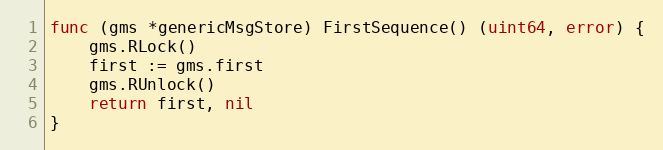
Language: Go
func (gms *genericMsgStore) FirstSequence() (uint64, error) {
	gms.RLock()
	first := gms.first
	gms.RUnlock()
	return first, nil
}